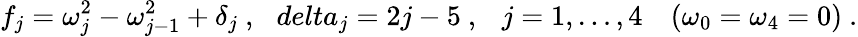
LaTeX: f_{j}=\omega_{j}^{2}-\omega_{j-1}^{2}+\delta_{j}\ ,\ \ \, delta_{j}=2j-5\ ,\ \ \ j=1,\ldots,4\ \ \ \ (\omega_{0}=\omega_{4}=0)\ .